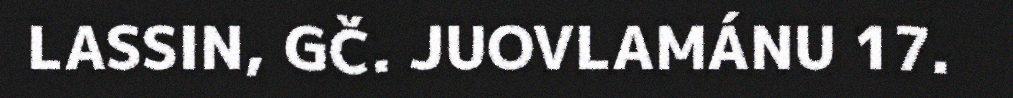
LASSIN, GČ. JUOVLAMÁNU 17.